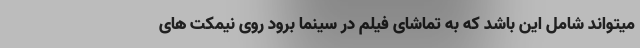
میتواند شامل این باشد که به تماشای فیلم در سینما برود روی نیمکت های